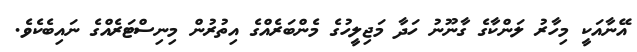
އޭނާއަކީ މިހާރު ލަންކާގެ ގާނޫނު ހަދާ މަޖިލީހުގެ މެންބަރެއްގެ އިތުރުން މިނިސްޓަރެއްގެ ނައިބެކެވެ.